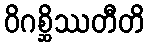
ဝိဂစ္ဆိဿတီတိ